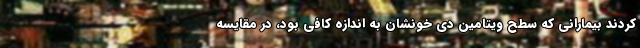
کردند بیمارانی که سطح ویتامین دی خونشان به اندازه کافی بود، در مقایسه